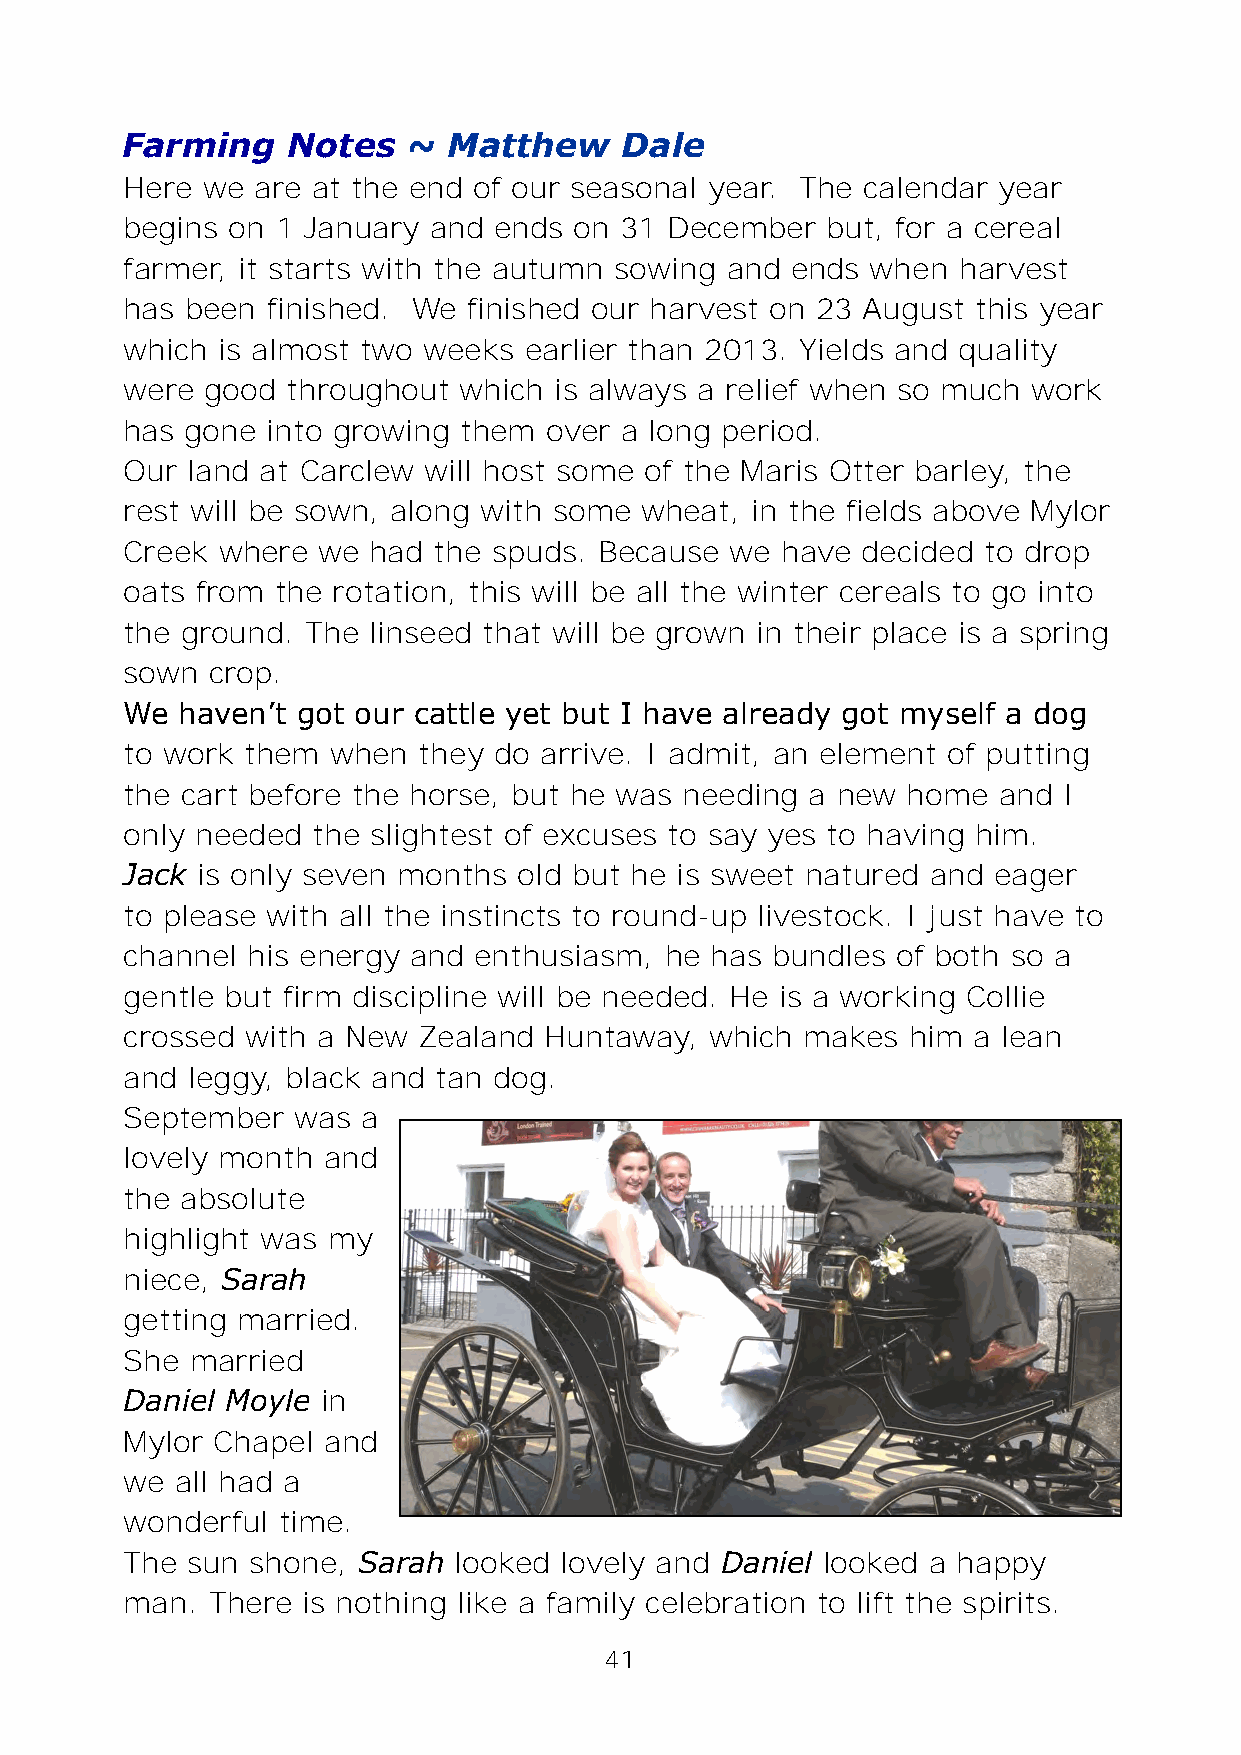
Farming    Notes   ~  Matthew    Dale
 Here we  are at the end of our seasonal year. The calendar year
 begins on 1 January and  ends on 31 December   but, for a cereal
 farmer, it starts with the autumn sowing and ends when harvest
 has been  finished. We finished our harvest on 23 August this year
 which is almost two weeks  earlier than 2013. Yields and quality
 were  good throughout which  is always a relief when so much work
 has gone  into growing them over a long period.
 Our land at Carclew will host some of the Maris Otter barley, the
 rest will be sown, along with some wheat, in the fields above Mylor
 Creek where  we had  the spuds. Because we  have decided to drop
 oats from the rotation, this will be all the winter cereals to go into
 the ground. The linseed that will be grown in their place is a spring
 sown  crop.
 We  haven’t got our cattle yet but I have already got myself a dog
 to work them  when  they do arrive. I admit, an element of putting
 the cart before the horse, but he was needing a new home  and I
 only needed  the slightest of excuses to say yes to having him.
 Jack is only seven months old but he is sweet natured and eager
 to please with all the instincts to round-up livestock. I just have to
 channel his energy and enthusiasm,  he has bundles of both so a
 gentle but firm discipline will be needed. He is a working Collie
 crossed with a New  Zealand Huntaway,  which makes  him a lean
 and leggy, black and tan dog.
 September  was  a
 lovely month and
 the absolute
 highlight was my
 niece, Sarah
 getting married.
 She  married
 Daniel Moyle in
 Mylor Chapel and
 we  all had a
 wonderful time.
 The sun  shone, Sarah looked lovely and Daniel looked a happy
 man.  There is nothing like a family celebration to lift the spirits.
 41